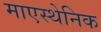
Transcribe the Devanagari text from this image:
माएस्थेनिक